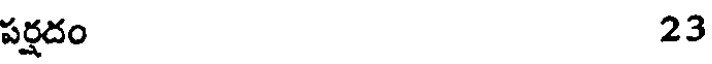
పర్షదం 23